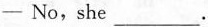
-No, she ___ .